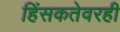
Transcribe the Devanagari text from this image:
हिंसकतेवरही